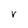
Character: V